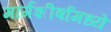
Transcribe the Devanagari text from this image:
मार्गशीर्षामध्ये